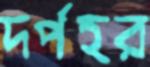
দর্পহর